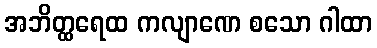
အဘိတ္ထရေထ ကလျာဏေ စသော ဂါထာ